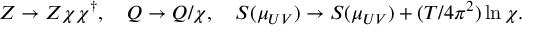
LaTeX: Z \to Z \chi \chi ^ { \dagger } , \quad Q \to Q / \chi , \quad S ( \mu _ { U V } ) \to S ( \mu _ { U V } ) + ( T / 4 \pi ^ { 2 } ) \ln \chi .